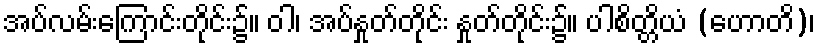
အပ်လမ်းကြောင်းတိုင်း၌။ ဝါ၊ အပ်နှုတ်တိုင်း နှုတ်တိုင်း၌။ ပါစိတ္တိယံ (ဟောတိ)၊